Account of plague administration in the Bombay Presidency from September 1896 till May 1897
Year: 1896
Disease focus: Plague
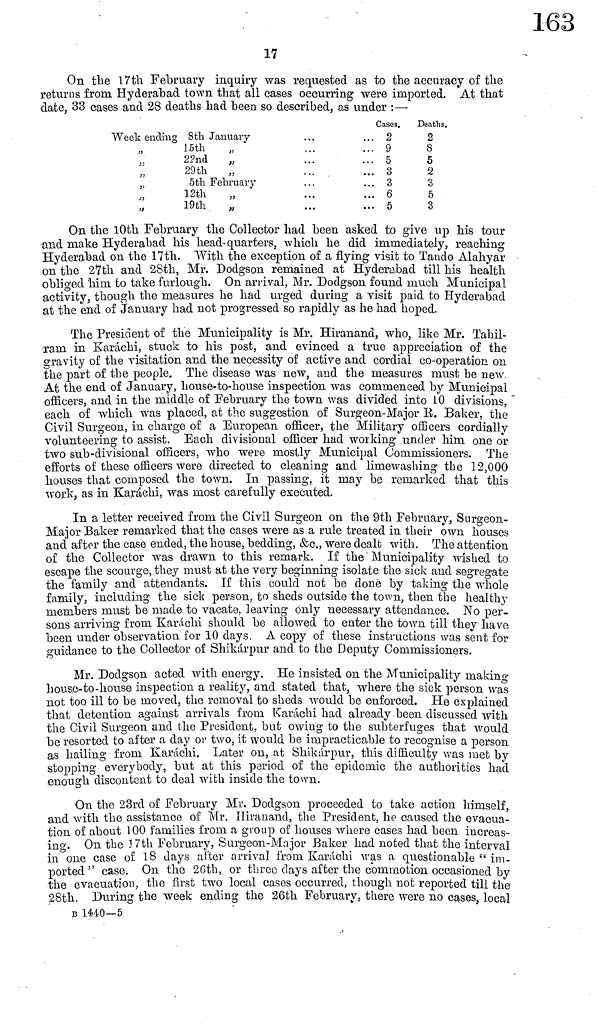
17
On the I7th February inquiry was requested as to the accuracy of the
returns from Hyderabad town that all cases occurring were imported. At that
date, 33 cases and 28 deaths had been so described, as under :—
Week ending
"
"
"
"
"
"
8th January
15th "
22nd
"
29th
"
5th February
12th
"
19th "
Cases.
... 2
... 9
... 5
... 3
... 3
... 6
... 5
Deaths.
2
8
5
2
3
5
3
On the 10th February the Collector had been asked to give up his tour
and make Hyderabad his head-quarters, which he did immediately, reaching
Hyderabad on the 17th. With the exception of a flying visit to Tando Alahyar
on the 27th and 28th, Mr. Dodgson remained at Hyderabad till his health
obliged him to take furlough. On arrival, Mr. Dodgson found much Municipal
activity, though the measures he had urged during a visit paid to Hyderabad
at the end of January had not progressed so rapidly as he had hoped.
The President of the Municipality is Mr. Hiranand, who, like Mr. Tahil-
rarn in Karachi, stuck to his post, and evinced a true appreciation of the
gravity of the visitation and the necessity of active and cordial co-operation on
the part of the people. The disease was new, and the measures must be new.
At the end of January, house-to-house inspection was commenced by Municipal
officers, and in the middle of February the town was divided into 10 divisions,
each of which was placed, at the suggestion of Surgeon-Major R. Baker, the
Civil Surgeon, in charge of a European officer, the Military officers cordially
volunteering to assist. Each divisional officer had working under him one or
two sub-divisional officers, who were mostly Municipal Commissioners. The
efforts of these officers were directed to cleaning and limewashing the 12,000
houses that composed the town. In passing, it may be remarked that this
work, as in Karachi, was most carefully executed.
In a letter received from the Civil Surgeon on the 9th February, Surgeon-
Major Baker remarked that the cases were as a rule treated in their own houses
and after the case ended, the house, bedding, &c., were dealt with. The attention
of the Collector was drawn to this remark. If the Municipality wished to
escape the scourge, they must at the very beginning isolate the sick and segregate
the family and attendants. If this could not be done by taking the whole
family, including the sick person, to sheds outside the town, then the healthy
members must be made to vacate, leaving only necessary attendance. No per-
sons arriving from Karachi should be allowed to enter the town till they have
been under observation for 10 days. A copy of these instructions was sent for
guidance to the Collector of Shikárpur and to the Deputy Commissioners.
Mr. Dodgson acted with energy. He insisted on the Municipality rnaking
house- to -house inspection a reality, and stated that, where the sick person was
not too ill to be moved, the removal to sheds would be enforced. He explained
that detention against arrivals from Karachi had already been discussed with
the Civil Surgeon and the President, but owing to the subterfuges that would
be resorted to after a day or two, it would be impracticable to recognise a person
as hailing from Karachi. Later on, at Shikárpur, this difficulty was met by
stopping everybody, but at this period of the epidemic the authorities had
enough discontent to deal with inside the town.
On the 23rd of February Mr. Dodgson proceeded to take action himself,
and with the assistance of Mr. Hiranand, the President, he caused the evacua-
tion of about 100 families from a group of houses where cases had been increas-
ing. On the ! 7th February, Surgeon-Major Baker had noted that the interval
in one case of 18 days after arrival from. Karachi was a questionable " im.
ported" case. On the 26th, or three days after the commotion occasioned by
the evacuation, the first two local cases occurred, though not reported till the
28th. During the week ending the 26th February, there were no cases, local
B 1440—5